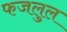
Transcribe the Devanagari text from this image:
फजलुल